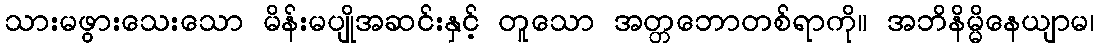
သားမဖွားသေးသော မိန်းမပျိုအဆင်းနှင့် တူသော အတ္တဘောတစ်ရာကို။ အဘိနိမ္မိနေယျာမ၊